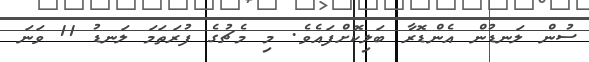
ސުން ލަނޑުން އެންޑޮރާ ބަލިކޮށްފައެވެ. މި މެޗުގެ ފުރަތަމަ ލަނޑު 11 ވަނަ